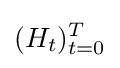
(H_{t})_{t=0}^{T}